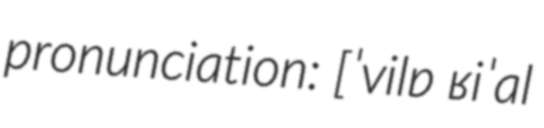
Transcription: pronunciation: [ˈvilɐ ʁiˈal